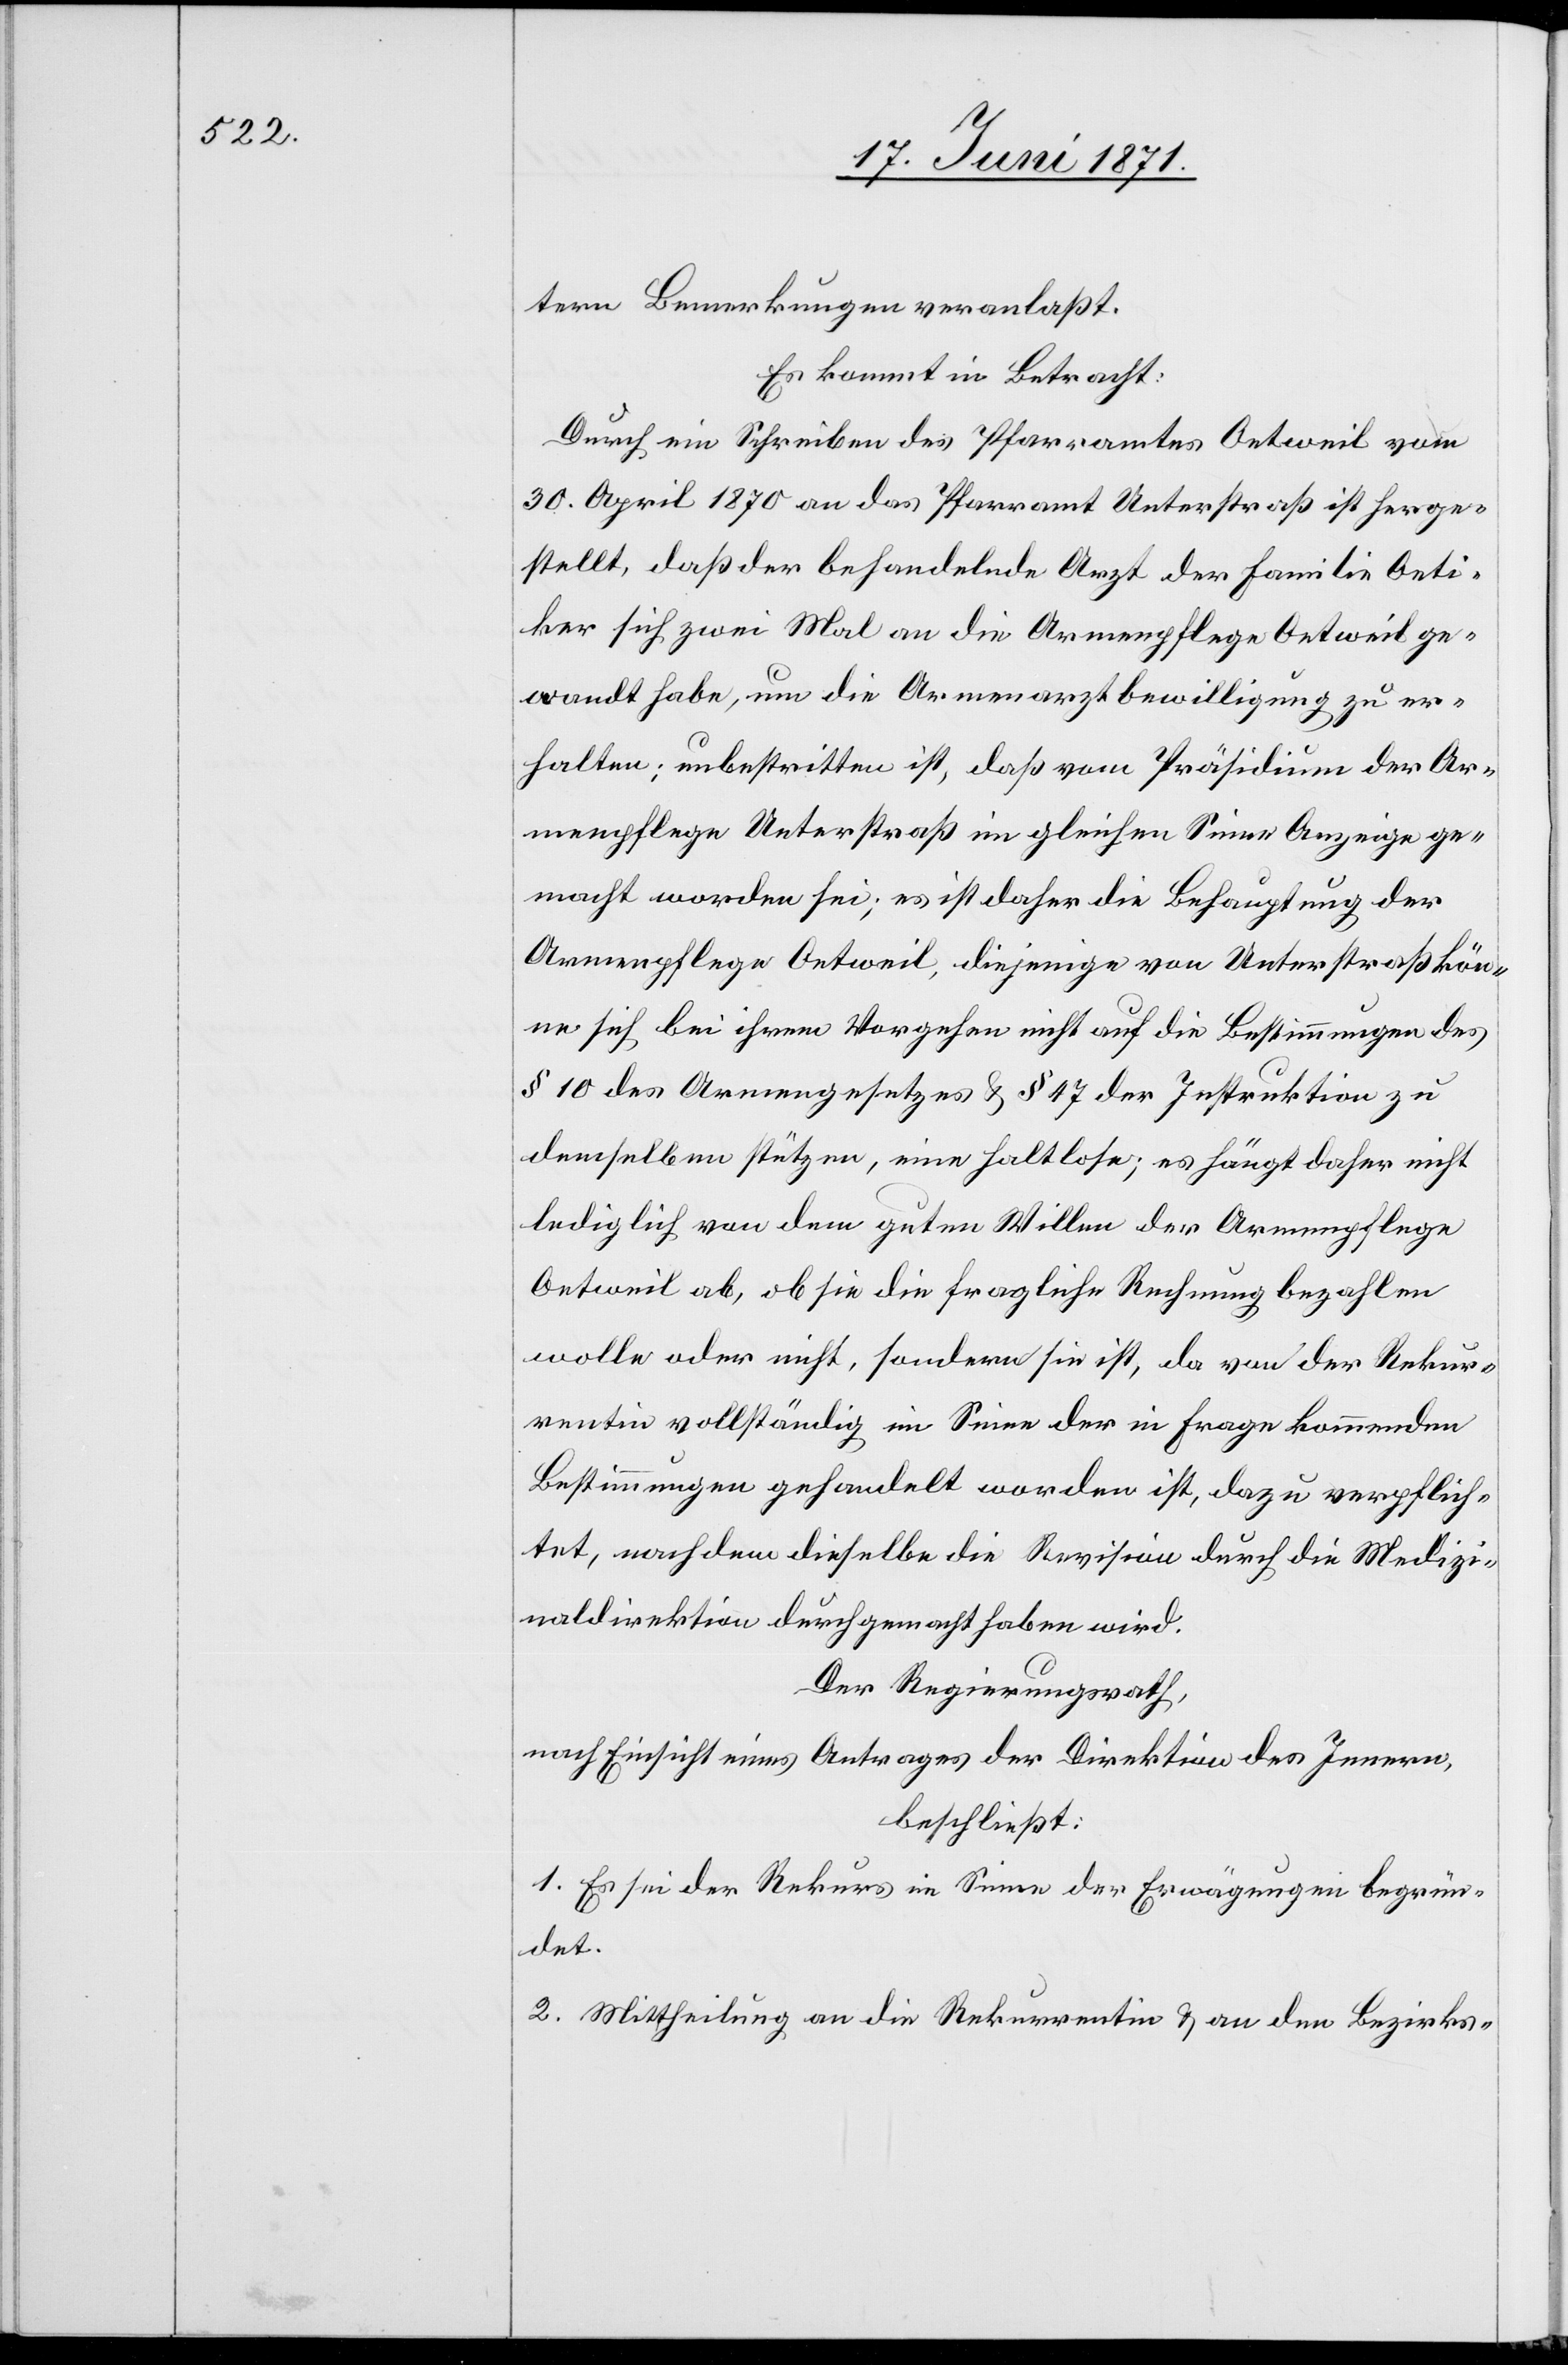
tern Bemerkungen veranlaßt.
Es kommt in Betracht:
Durch ein Schreiben des Pfarramtes Oetweil vom
30. April 1870 an das Pfarramt Unterstraß ist herge¬
stellt, daß der behandelnde Arzt der Familie Oeti¬
ker sich zwei Mal an die Armenpflege Oetweil ge¬
wandt habe, um die Armenarztbewilligung zu er¬
halten; unbestritten ist, daß vom Präsidium der Ar¬
menpflege Unterstraß im gleichen Sinne Anzeige ge¬
macht worden sei; es ist daher die Behauptung der
Armenpflege Oetweil, diejenige von Unterstraß kön¬
ne sich bei ihrem Vorgehen nicht auf die Bestimmungen des
§ 10 des Armengesetzes u. § 47 der Instruktion zu
demselben stützen, eine haltlose; es hängt daher nicht
lediglich von dem guten Willen der Armenpflege
Oetweil ab, ob sie die fragliche Rechnung bezahlten
wolle oder nicht, sondern sie ist, da von der Rekur¬
rentin vollständig im Sinne der in Frage kommenden
Bestimmungen gehandelt worden ist, dazu verpflich¬
tet, nachdem dieselbe die Revision durch die Medizi¬
naldirektion durchgemacht haben wird.
Der Regierungsrath,
nach Einsicht eines Antrages der Direktion des Innern,
beschließt:
1. Es sei der Rekurs im Sinne der Erwägungen begrün¬
det.
2. Mittheilung an die Rekurrentin u. an den Bezirks-